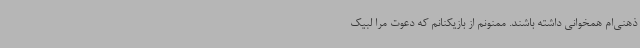
ذهنی‌ام همخوانی داشته باشند. ممنونم از بازیکنانم که دعوت مرا لبیک